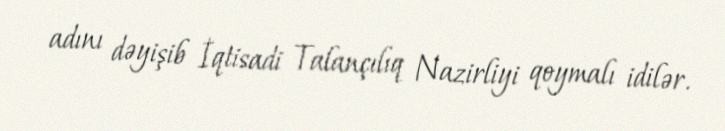
adını dəyişib İqtisadi Talançılıq Nazirliyi qoymalı idilər.